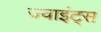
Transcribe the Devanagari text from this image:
ज्वाइंट्स